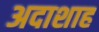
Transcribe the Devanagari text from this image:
अदाशाह